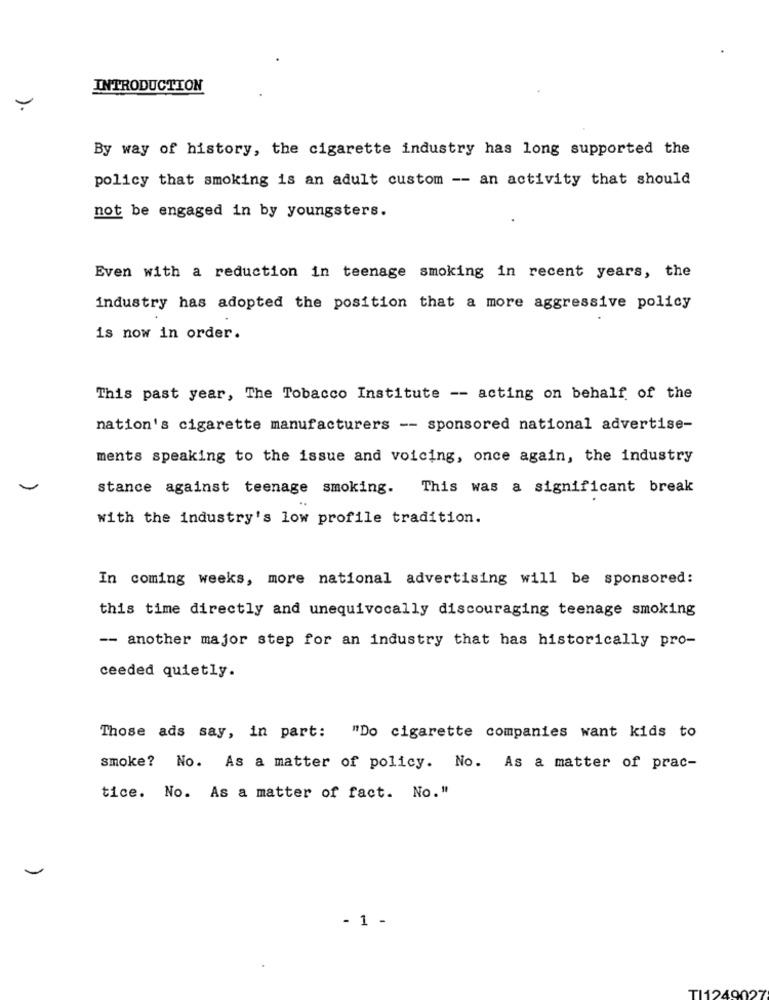
INTRODUCTION
-
By way of history, the cigarette industry has long supported the
policy that smoking is an adult custom -- an activity that should
not be engaged in by youngsters.
Even with a reduction in teenage smoking in recent years, the
industry has adopted the position that a more aggressive policy
is now in order.
This past year, The Tobacco Institute -- acting on behalf of the
nation's cigarette manufacturers -- sponsored national advertise-
ments speaking to the issue and voicing, once again, the industry
stance against teenage smoking.
This was a significant break
with the industry's low profile tradition.
In coming weeks, more national advertising will be sponsored:
this time directly and unequivocally discouraging teenage smoking
-- another major step for an industry that has historically pro-
ceeded quietly.
Those ads say, in part: "Do cigarette companies want kids to
smoke? No. As a matter of policy. No. As a matter of prac-
tice. No. As a matter of fact. No."
- 1 -
TI1249027